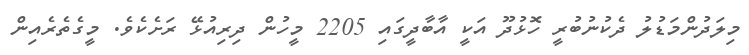
މިލަދުންމަޑުލު ދެކުނުބުރީ ހޮޅުދޫ އަކީ އާބާދީގައި 2205 މީހުން ދިރިއުޅޭ ރަށެކެވެ. މީގެތެރެއިން